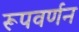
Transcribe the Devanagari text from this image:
रूपवर्णन